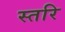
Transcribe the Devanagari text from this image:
स्तरि